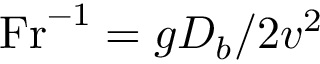
\mathrm { F r } ^ { - 1 } = g D _ { b } / 2 v ^ { 2 }